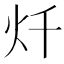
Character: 𱪦